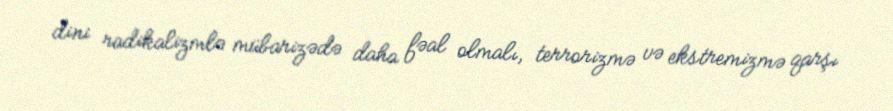
dini radikalizmlə mübarizədə daha fəal olmalı, terrorizmə və ekstremizmə qarşı